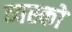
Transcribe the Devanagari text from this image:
व्‍यस्‍कों